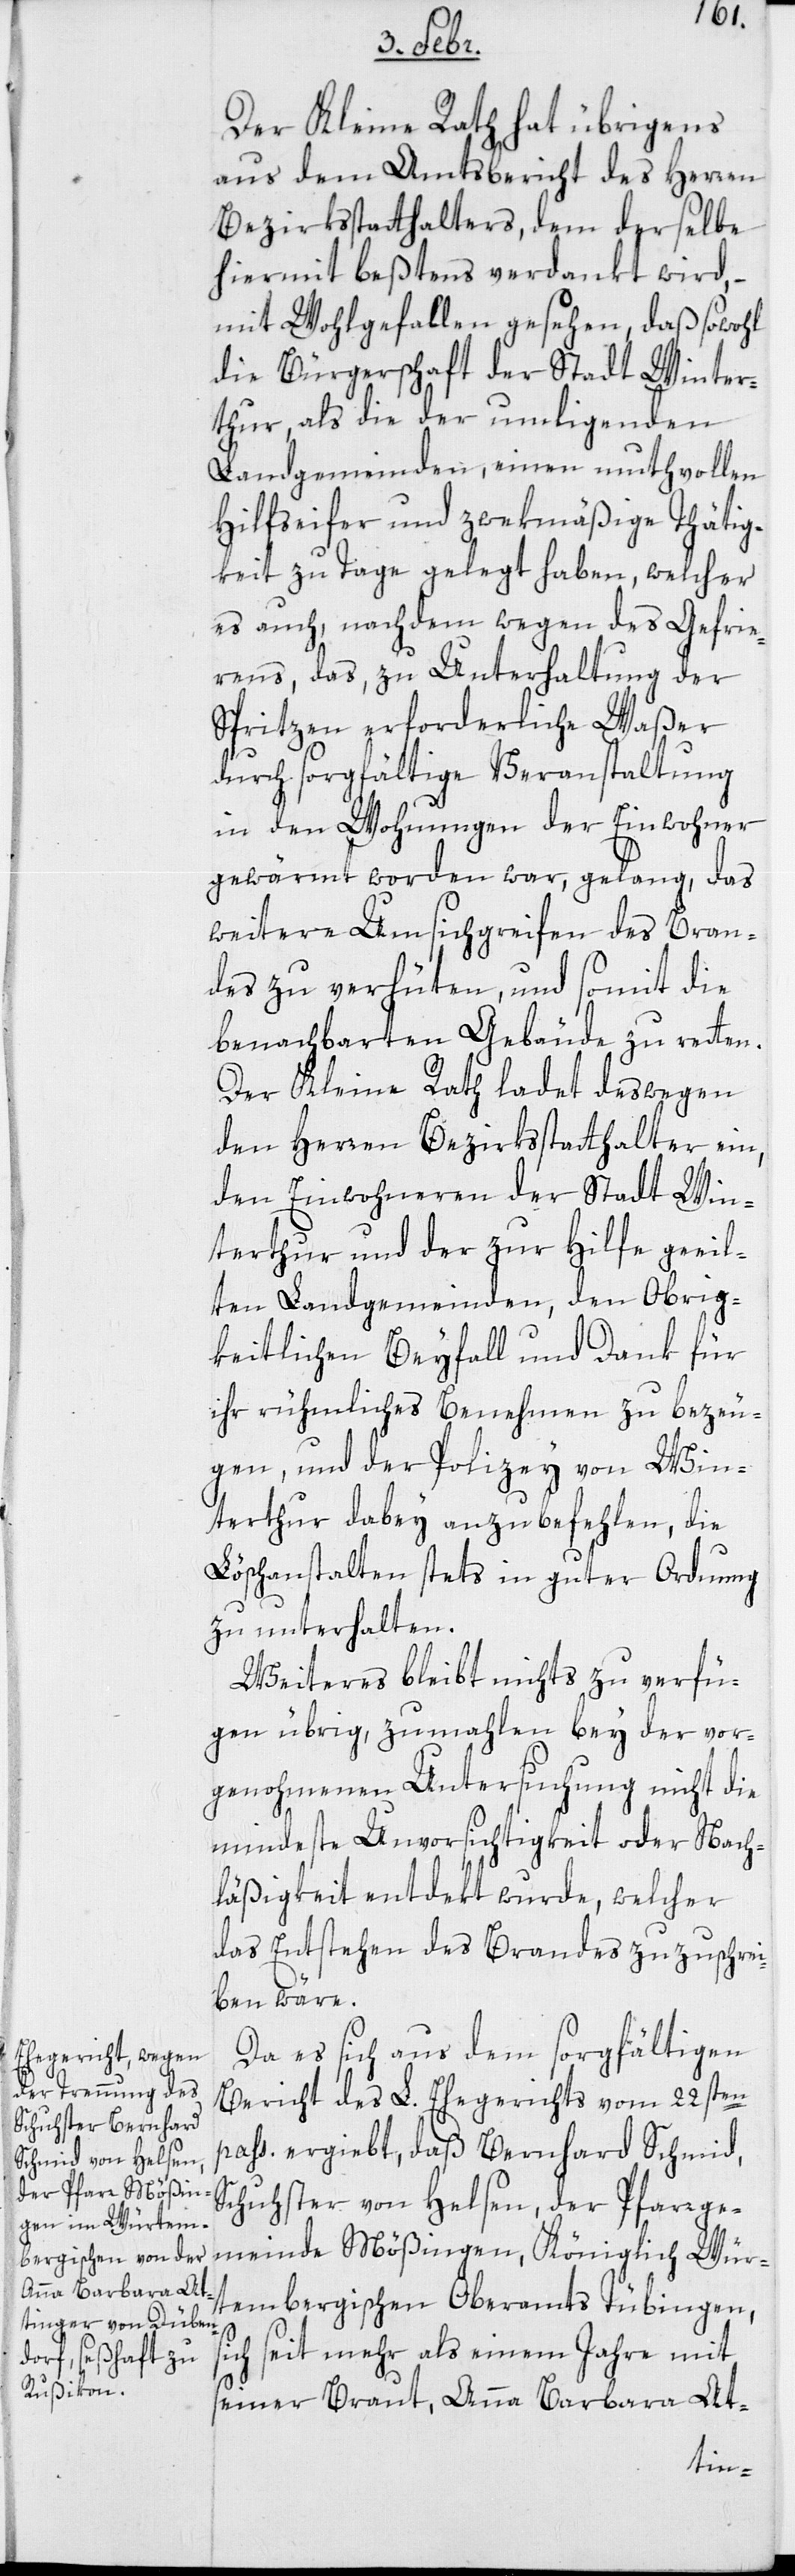
Der Kleine Rath hat übrigens
aus dem Amtsbericht des Herren
Bezirksstatthalters, dem derselbe
hiermit beßtens verdankt wird,
mit Wohlgefallen gesehen, daß sowohl
die Bürgerschaft der Stadt Winter¬
thur, als die der umliegenden
Landgemeinden, einen muthvollen
Hilfseifer und zweckmäßige Thätig¬
keit zu Tage gelegt haben, welcher
es auch, nachdem wegen des Gefrie¬
rens, das, zu Unterhaltung der
Spritzen erforderliche Waßer
durch sorgfältige Veranstaltung
in den Wohnungen der Einwohner
gewärmt worden war, gelang, das
weitere Umsichgreifen des Bran¬
des zu verhüten, und somit die
benachbarten Gebäude zu retten.
Der Kleine Rath ladet deßwegen
den Herren Bezirksstatthalter ein,
den Einwohneren der Stadt Win¬
terthur und der zur Hilfe geeil¬
ten Landgemeinden, den Obrig¬
keitlichen Beyfall und Dank für
ihr rühmliches Benehmen zu bezeu¬
gen, und der Polizey von Win¬
terthur dabey anzubefehlen, die
Löschanstalten stets in guter Ordnung
zu unterhalten.
Weiteres bleibt nicht zu verfü¬
gen übrig, zumahlen bey der vor¬
genommenen Untersuchung nicht die
mindeste Unvorsichtigkeit oder Nach¬
läßigkeit entdekt wurde, welcher
das Entstehen des Brandes zuzuschrei¬
ben wäre.
Da es sich aus dem sorgfältigen
Bericht des L. Ehegerichts vom 22sten
paßati ergibt, daß Bernhard Schmid,
Schuster von Helsen, der Pfarrge¬
meinde Mößingen, Königlich Wür¬
tembergischen Oberamts Tübingen,
ch seit mehr als einem Jahre mit
seiner Braut, Anna Barbara At-
si¬